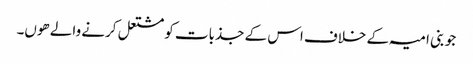
جو بنی امیہ کے خلاف اس کے جذبات کو مشتعل کرنے والے ھوں۔